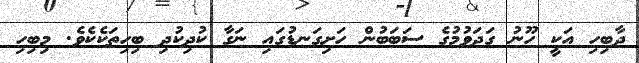
ދާބިހި އަކީ ހޫނު ގަދަވުމުގެ ސަބަބުން ހަށިގަނޑުގައި ނަގާ ކުދިކުދި ބިހިތަކެކެވެ. މިބިހި